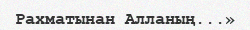
Рахматынан Алланың...»